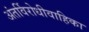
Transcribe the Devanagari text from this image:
अंतर्विरोधीवाहिका